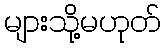
များသို့မဟုတ်